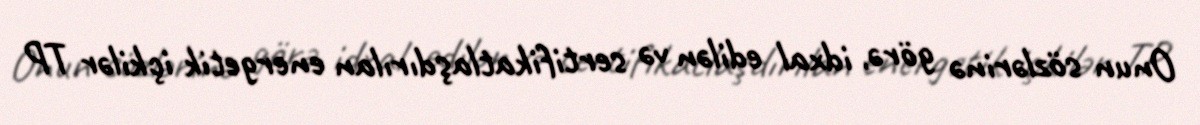
Onun sözlərinə görə, idxal edilən və sertifikatlaşdırılan energetik içkilər TP